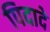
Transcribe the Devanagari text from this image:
पिदादे